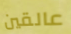
عالقين